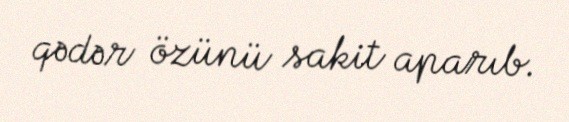
qədər özünü sakit aparıb.